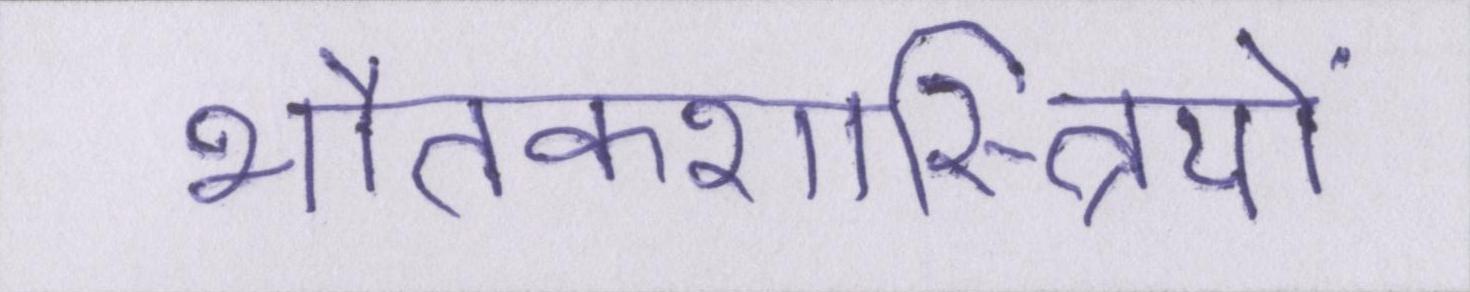
भौतकशास्त्रियों